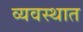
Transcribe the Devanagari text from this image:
व्यवस्थात